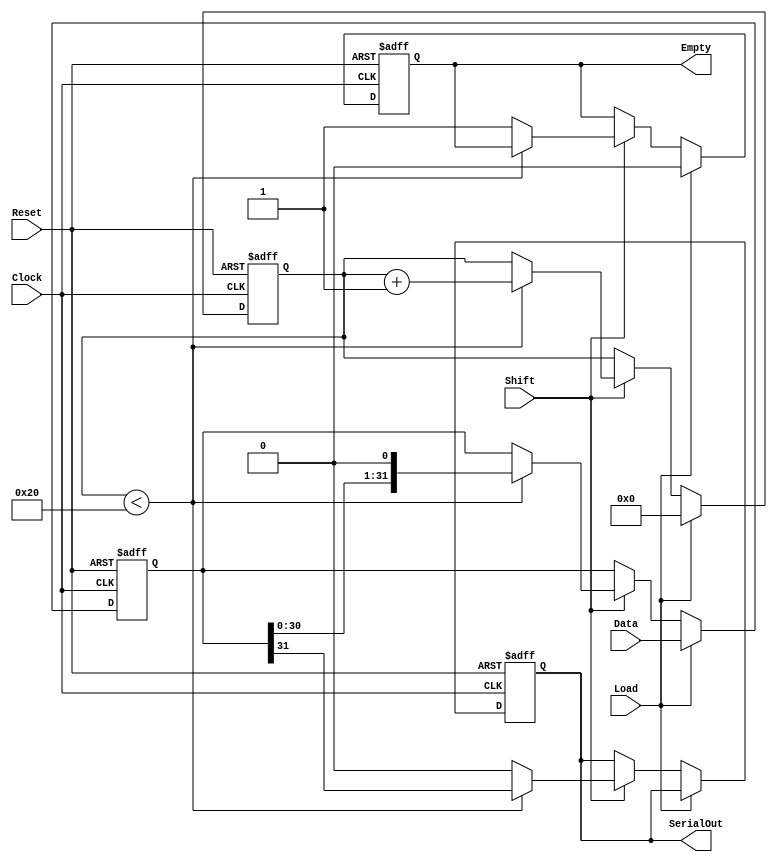
module PISO_Register (
    input wire [31:0] Data,     // 32-bit parallel input data bus
    input wire Load,             // Load signal
    input wire Shift,            // Shift signal
    input wire Clock,            // Clock signal
    input wire Reset,            // Asynchronous reset signal
    output reg SerialOut,        // Serial output
    output reg Empty             // Indicates whether the register is empty
);

    reg [31:0] shift_reg;        // 32-bit shift register
    reg [4:0] bit_counter;       // 5-bit counter to track shifted bits

    // Asynchronous reset and load or shift operations
    always @(posedge Clock or posedge Reset) begin
        if (Reset) begin
            shift_reg <= 32'b0;   // Clear the shift register
            bit_counter <= 5'b0;   // Clear the counter
            SerialOut <= 1'b0;     // Reset SerialOut
            Empty <= 1'b1;         // Initially, the register is empty
        end else begin
            if (Load) begin
                shift_reg <= Data; // Load the data into shift register
                bit_counter <= 5'b0; // Reset bit counter
                Empty <= 1'b0;      // Register is not empty
            end else if (Shift) begin
                if (bit_counter < 32) begin
                    SerialOut <= shift_reg[31]; // Shift out MSB
                    shift_reg <= {shift_reg[30:0], 1'b0}; // Shift left and fill LSB with 0
                    bit_counter <= bit_counter + 1; // Increment counter
                end else begin
                    SerialOut <= 1'b0; // If all bits have been shifted out
                    Empty <= 1'b1; // Update empty status
                end
            end
        end
    end

endmodule